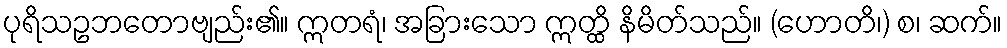
ပုရိသဥဘတောဗျည်း၏။ ဣတရံ၊ အခြားသော ဣတ္ထိ နိမိတ်သည်။ (ဟောတိ၊) စ၊ ဆက်။